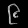
Digit: ၉